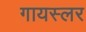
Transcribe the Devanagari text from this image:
गायस्लर